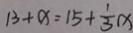
1 3 + x = 1 5 + \frac { 1 } { 3 } x